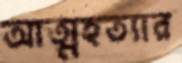
আত্মহত্যার